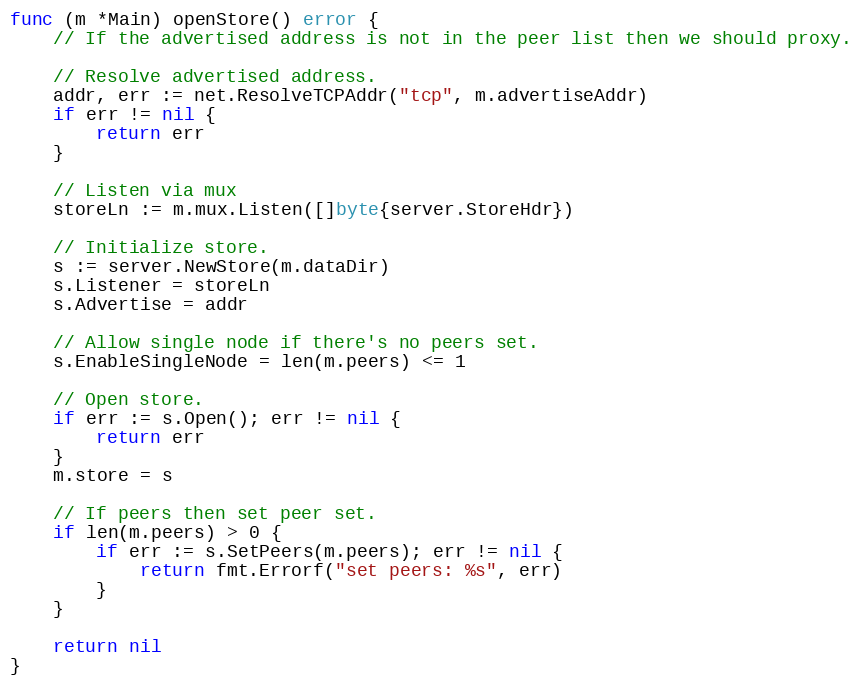
Language: Go
func (m *Main) openStore() error {
	// If the advertised address is not in the peer list then we should proxy.

	// Resolve advertised address.
	addr, err := net.ResolveTCPAddr("tcp", m.advertiseAddr)
	if err != nil {
		return err
	}

	// Listen via mux
	storeLn := m.mux.Listen([]byte{server.StoreHdr})

	// Initialize store.
	s := server.NewStore(m.dataDir)
	s.Listener = storeLn
	s.Advertise = addr

	// Allow single node if there's no peers set.
	s.EnableSingleNode = len(m.peers) <= 1

	// Open store.
	if err := s.Open(); err != nil {
		return err
	}
	m.store = s

	// If peers then set peer set.
	if len(m.peers) > 0 {
		if err := s.SetPeers(m.peers); err != nil {
			return fmt.Errorf("set peers: %s", err)
		}
	}

	return nil
}